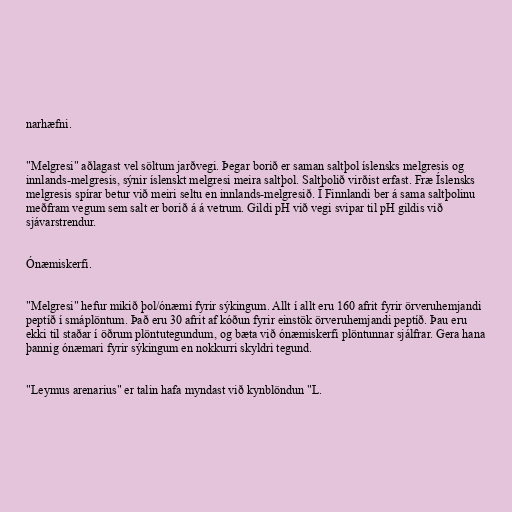
narhæfni.

"Melgresi" aðlagast vel söltum jarðvegi. Þegar borið er saman saltþol íslensks melgresis og
innlands-melgresis, sýnir íslenskt melgresi meira saltþol. Saltþolið virðist erfast. Fræ Íslensks
melgresis spírar betur við meiri seltu en innlands-melgresið. Í Finnlandi ber á sama saltþolinu
meðfram vegum sem salt er borið á á vetrum. Gildi pH við vegi svipar til pH gildis við
sjávarstrendur.

Ónæmiskerfi.

"Melgresi" hefur mikið þol/ónæmi fyrir sýkingum. Allt í allt eru 160 afrit fyrir örveruhemjandi
peptíð í smáplöntum. Það eru 30 afrit af kóðun fyrir einstök örveruhemjandi peptíð. Þau eru
ekki til staðar í öðrum plöntutegundum, og bæta við ónæmiskerfi plöntunnar sjálfrar. Gera hana
þannig ónæmari fyrir sýkingum en nokkurri skyldri tegund.

"Leymus arenarius" er talin hafa myndast við kynblöndun "L.